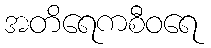
အတိရေကစီဝရေ